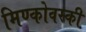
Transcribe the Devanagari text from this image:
मिण्कोवस्की